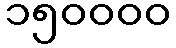
၁၅၀၀၀၀